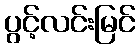
ပွင့်လင်းမြင်